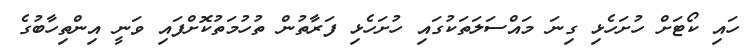
ހައި ކޯޓަށް ހުށަހެޅި ގިނަ މައްސަލަތަކުގައި ހުށަހެޅި ފަރާތުން ތުހުމަތުކޮށްފައި ވަނީ އިންތިހާބުގެ